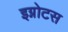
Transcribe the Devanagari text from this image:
इग्नोटस